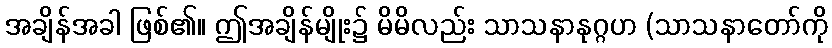
အချိန်အခါ ဖြစ်၏။ ဤအချိန်မျိုး၌ မိမိလည်း သာသနာနုဂ္ဂဟ (သာသနာတော်ကို